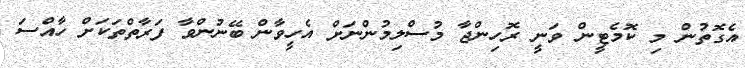
އެގޮތުން މި ކޮމެޓީން ވަނީ ރޮހިންޖާ މުސްލިމުންނަށް އެހީވާން ބޭނުންވާ ފަރާތްތަކަށް ހާއްސަ